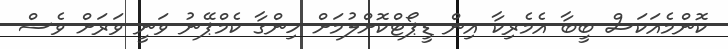
ކޮންމެއަކަސް ބީބާ އެމެރިކާ އިން ޑީޕޯޓްކޮށްލުމަށް ހިންގާ ކެމްޕޭނު ވަނީ ވަރަށް ވެސް